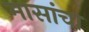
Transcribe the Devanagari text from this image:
मासांचा